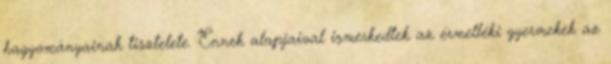
hagyományainak tisztelete. Ennek alapjaival ismerkedtek az érmelléki gyermekek az